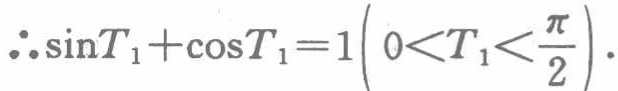
\(\therefore \sin T_{1}+\cos T_{1}=1\left(0<T_{1}<\frac{\pi}{2}\right)\).